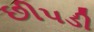
છીપડી